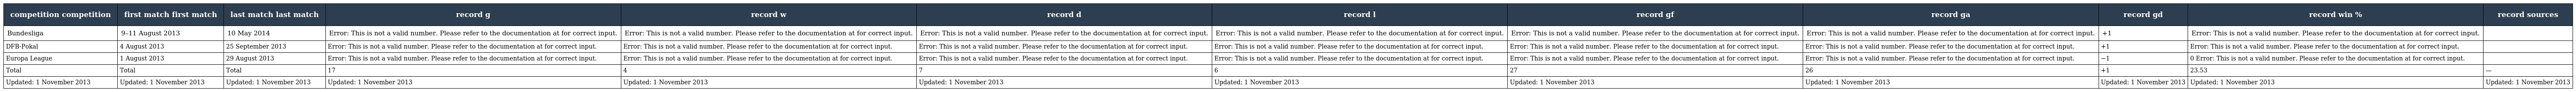
| competition competition | first match first match | last match last match | record g | record w | record d | record l | record gf | record ga | record gd | record win % | record sources |
 | --- | --- | --- | --- | --- | --- | --- | --- | --- | --- | --- | --- |
 | Bundesliga | 9–11 August 2013 | 10 May 2014 | Error: This is not a valid number. Please refer to the documentation at for correct input. | Error: This is not a valid number. Please refer to the documentation at for correct input. | Error: This is not a valid number. Please refer to the documentation at for correct input. | Error: This is not a valid number. Please refer to the documentation at for correct input. | Error: This is not a valid number. Please refer to the documentation at for correct input. | Error: This is not a valid number. Please refer to the documentation at for correct input. | +1 | Error: This is not a valid number. Please refer to the documentation at for correct input. |  |
 | DFB-Pokal | 4 August 2013 | 25 September 2013 | Error: This is not a valid number. Please refer to the documentation at for correct input. | Error: This is not a valid number. Please refer to the documentation at for correct input. | Error: This is not a valid number. Please refer to the documentation at for correct input. | Error: This is not a valid number. Please refer to the documentation at for correct input. | Error: This is not a valid number. Please refer to the documentation at for correct input. | Error: This is not a valid number. Please refer to the documentation at for correct input. | +1 | Error: This is not a valid number. Please refer to the documentation at for correct input. |  |
 | Europa League | 1 August 2013 | 29 August 2013 | Error: This is not a valid number. Please refer to the documentation at for correct input. | Error: This is not a valid number. Please refer to the documentation at for correct input. | Error: This is not a valid number. Please refer to the documentation at for correct input. | Error: This is not a valid number. Please refer to the documentation at for correct input. | Error: This is not a valid number. Please refer to the documentation at for correct input. | Error: This is not a valid number. Please refer to the documentation at for correct input. | −1 | 0 Error: This is not a valid number. Please refer to the documentation at for correct input. |  |
 | Total | Total | Total | 17 | 4 | 7 | 6 | 27 | 26 | +1 | 23.53 | — |
 | Updated: 1 November 2013 | Updated: 1 November 2013 | Updated: 1 November 2013 | Updated: 1 November 2013 | Updated: 1 November 2013 | Updated: 1 November 2013 | Updated: 1 November 2013 | Updated: 1 November 2013 | Updated: 1 November 2013 | Updated: 1 November 2013 | Updated: 1 November 2013 | Updated: 1 November 2013 |